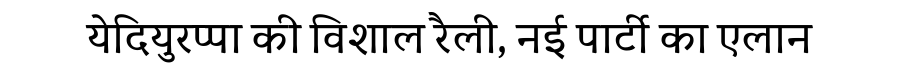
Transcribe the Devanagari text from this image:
येदियुरप्पा की विशाल रैली, नई पार्टी का एलान